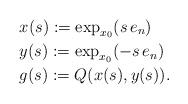
LaTeX: \begin{align*}&x(s) := \exp_{x_0}(s\, e_n)\\&y(s) := \exp_{x_0}(-s\, e_n)\\&g(s) := Q(x(s),y(s)).\end{align*}